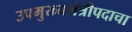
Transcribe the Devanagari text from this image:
उपमुख्यमंत्रीपदाचा